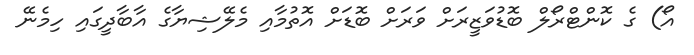
އޯ) ގެ ކޮންޓްރޯލް ބޮޑުވަޒީރަށް ވަރަށް ބޮޑަށް އޮތުމާއި މެލޭޝިޔާގެ އާބާދީގައި ހިމެނޭ